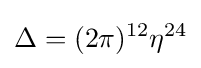
\Delta =(2\pi )^{12}\eta ^{24}